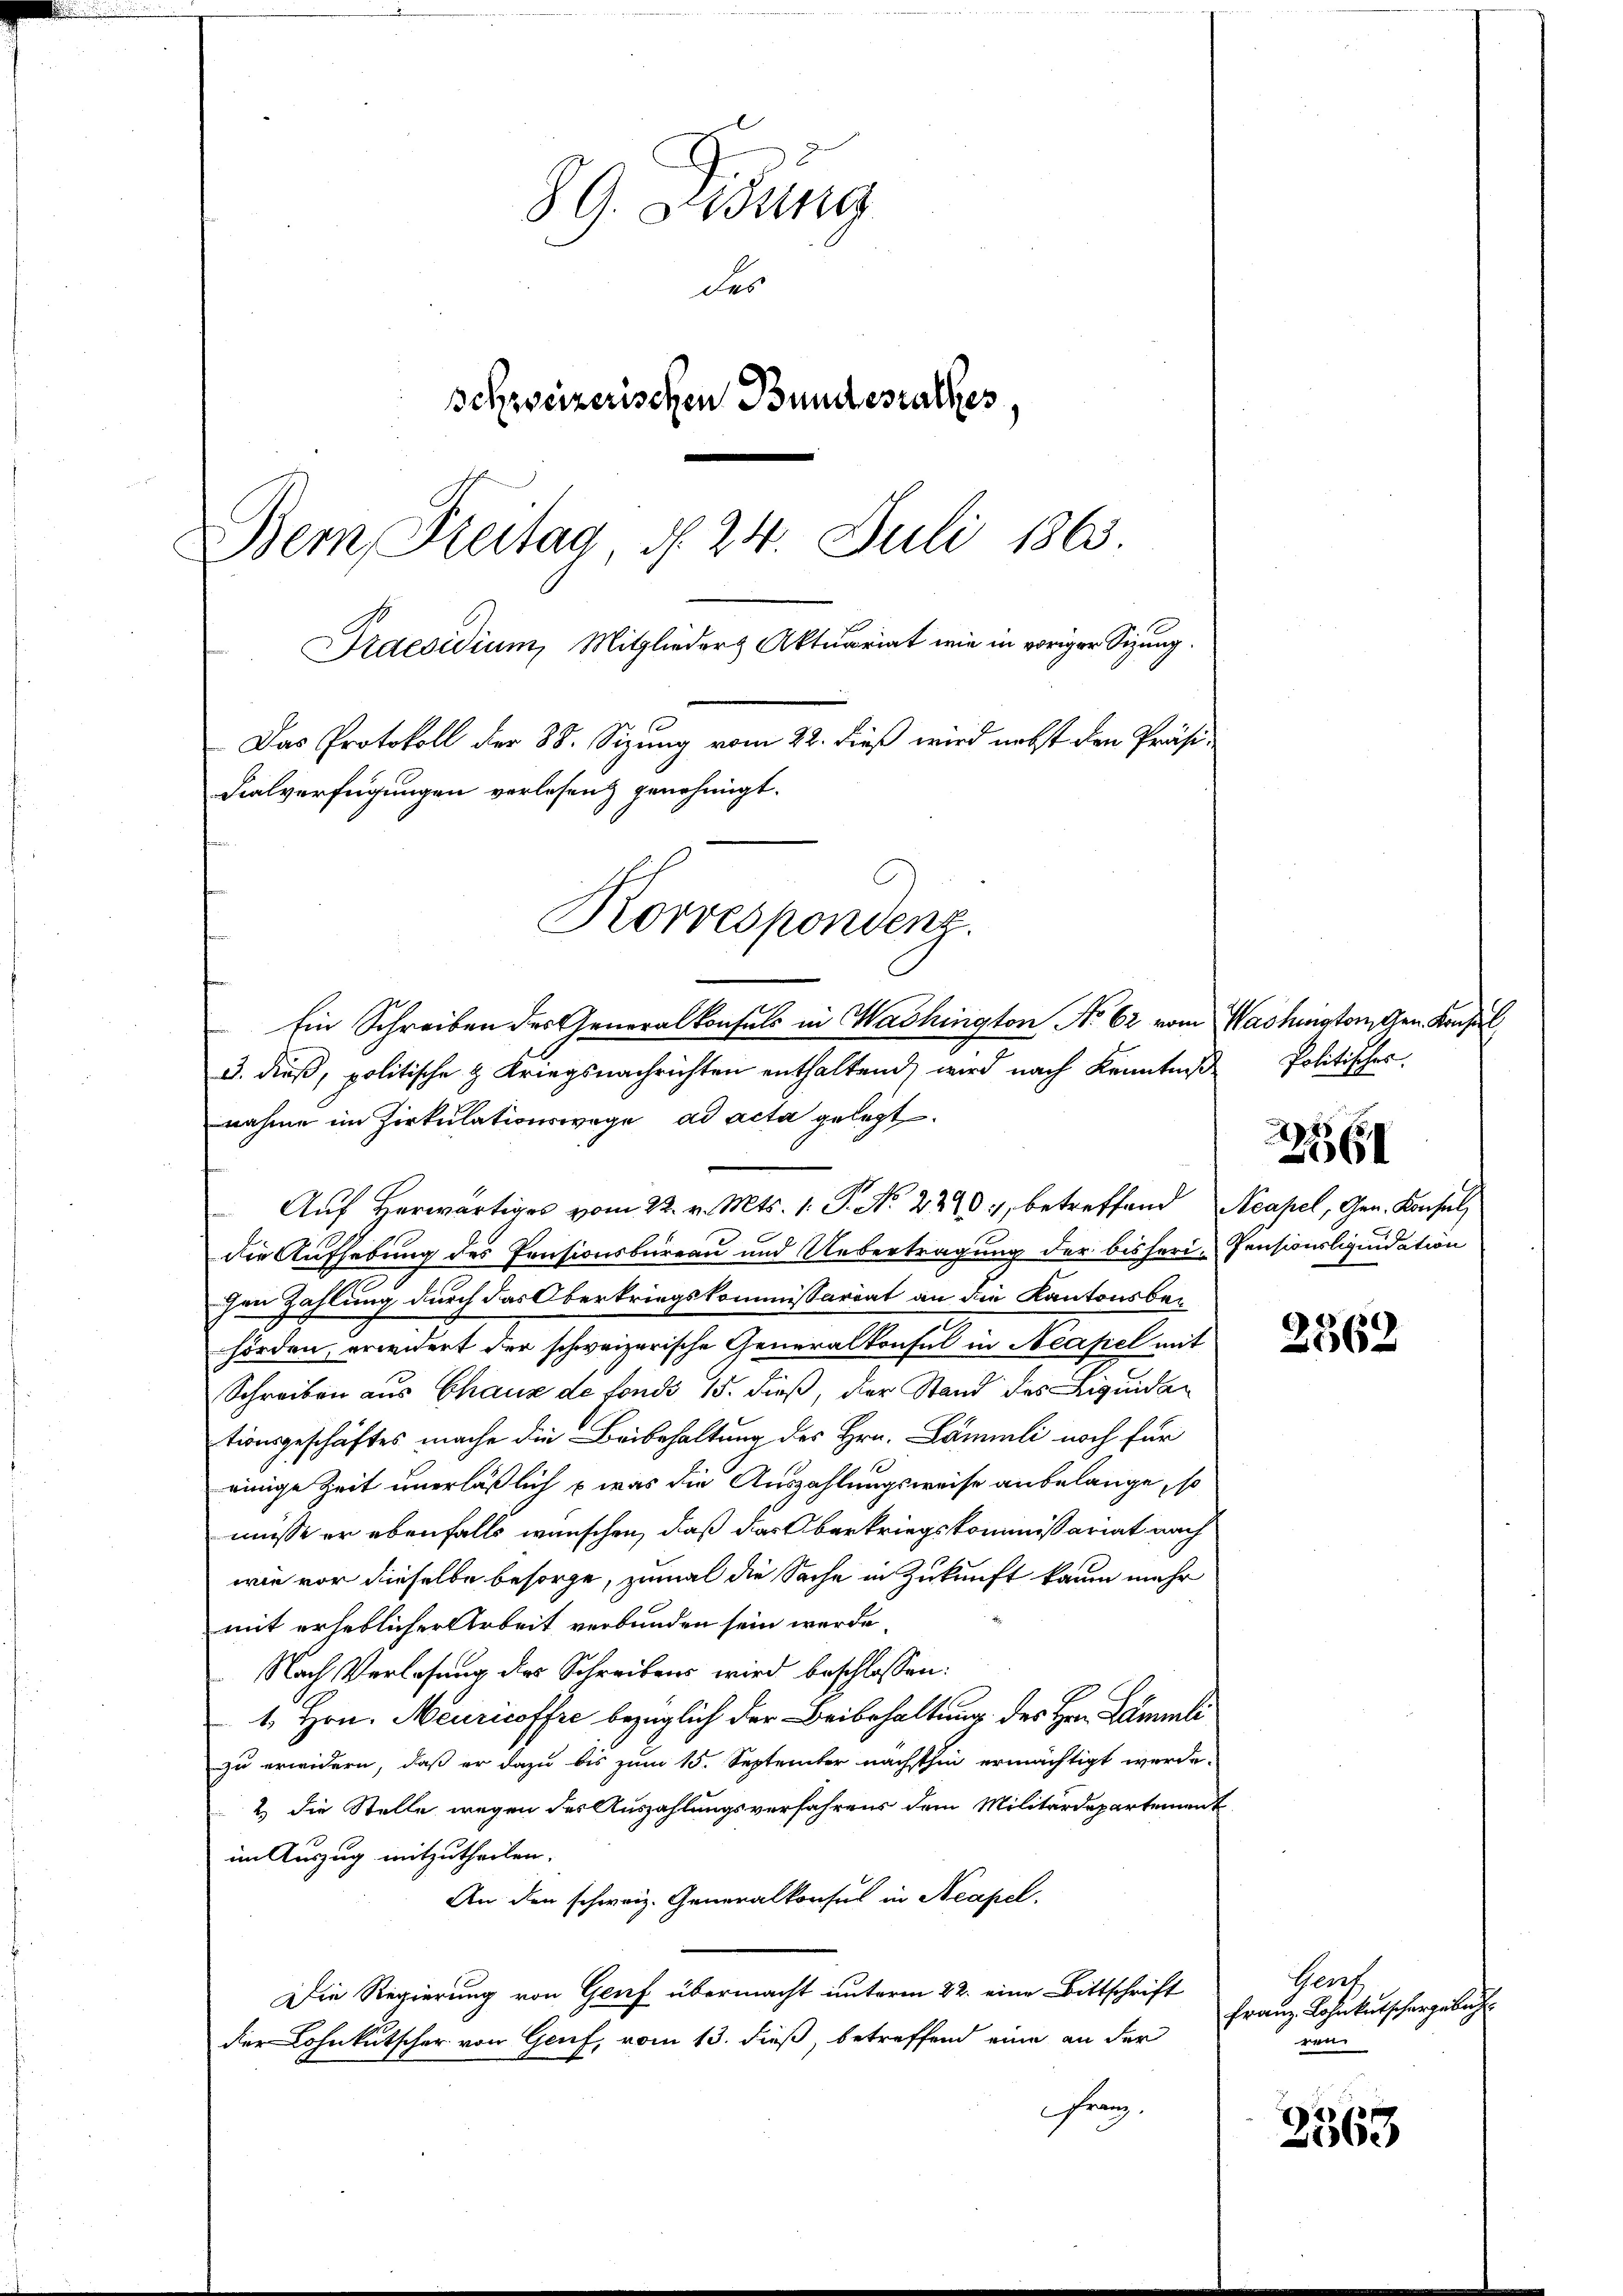
89. Sedung
der
schweizerischen Bundesrathes
Bern, Freitag d. 24. Juli 1863.
Praesidium, Mitglieder Aktuariat wie in voriger Sitzung.
Das Protokoll der 88. Sizung vom 22. dieß wird nebst den Präsidialverfügungen verlesen genehmigt.
Korrespondenz.

3. dieß, politische & Kriegsnachrichten enthaltend, wird nach Kenntniß
nahme im Zirkulationswage ad acta gelegt.
die Aufhebung des Pensionsbüreau und Uebertragung der bisheri-Pensionsliquidation
chen Zahlung durch das Oberkriegskommissariat an die Kantonsbehörden erwidert der schweizerische Generalkonfel in Neapel mit
Schreiben aus Chaux de fonds 15. dieß, der Stand des Liquidationsgeschäftes mache die Beibehaltung des Hrn. Lämmli noch für
einige Zeit unerläßlich – was die Auszahlungsweise anbelange, so
müsse er ebenfalls wünschen, daß das Oberkriegskommissariat nach
wie vor dieselbe besorge, zumal die Sache in Zukunft kaum mehr
mit erheblicher Arbeit verbunden sein werde.
Nach Verlesung des Schreibens wird beschlossen:
1. Hrn. Meuricoffre bezüglich der Beibehaltung des Hrn. Lämmli
zu erwidern, daß er dazu bis zum 15. September nächsthin ermächtigt werde.
2) die Stelle wegen der Auszahlungsverfahrens dem Militärdepartement
im Auszug mitzutheilen.
An den schweiz. Generalkonsul in Neapel.
Die Regierung von Genf übermacht unterm 22. eine Bittschrift
der Lohnkutscher von Genf, vom 13. dieß, betreffend eine an der
Franz

Ein Schreiben des Generalkonsuls in Washington No 62 vom Washington Gen. Konsul
Auf Herwärtiges vom 22. v. Mts. 1. P. No 2270, betreffend Neapel, Gen. Konsul

Politisches.

2561

2362

Gert
Franz Lohnkutschergebuch
d

3568